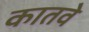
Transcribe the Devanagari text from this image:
कातवे